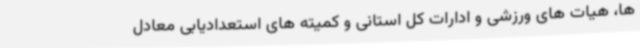
ها، هیات های ورزشی و ادارات کل استانی و کمیته های استعدادیابی معادل